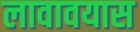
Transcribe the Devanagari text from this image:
लावावयास